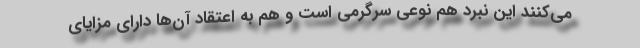
می‌کنند این نبرد هم نوعی سرگرمی است و هم به اعتقاد آن‌ها دارای مزایای